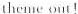
\underline{theme out! }